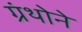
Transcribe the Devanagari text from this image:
ग्रंथोने